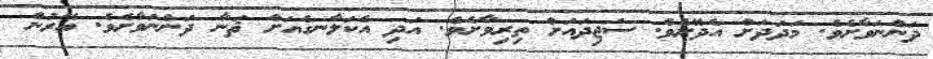
ދަންނަވާށެވެ. މަދަދަށް އެދޭށެވެ. ސަޖިދައަށް ތިރިވާށެވެ. އަދި އެކަލާނގެއަށް ޘަނާ ދަންނަވާށެވެ. އޭރުން